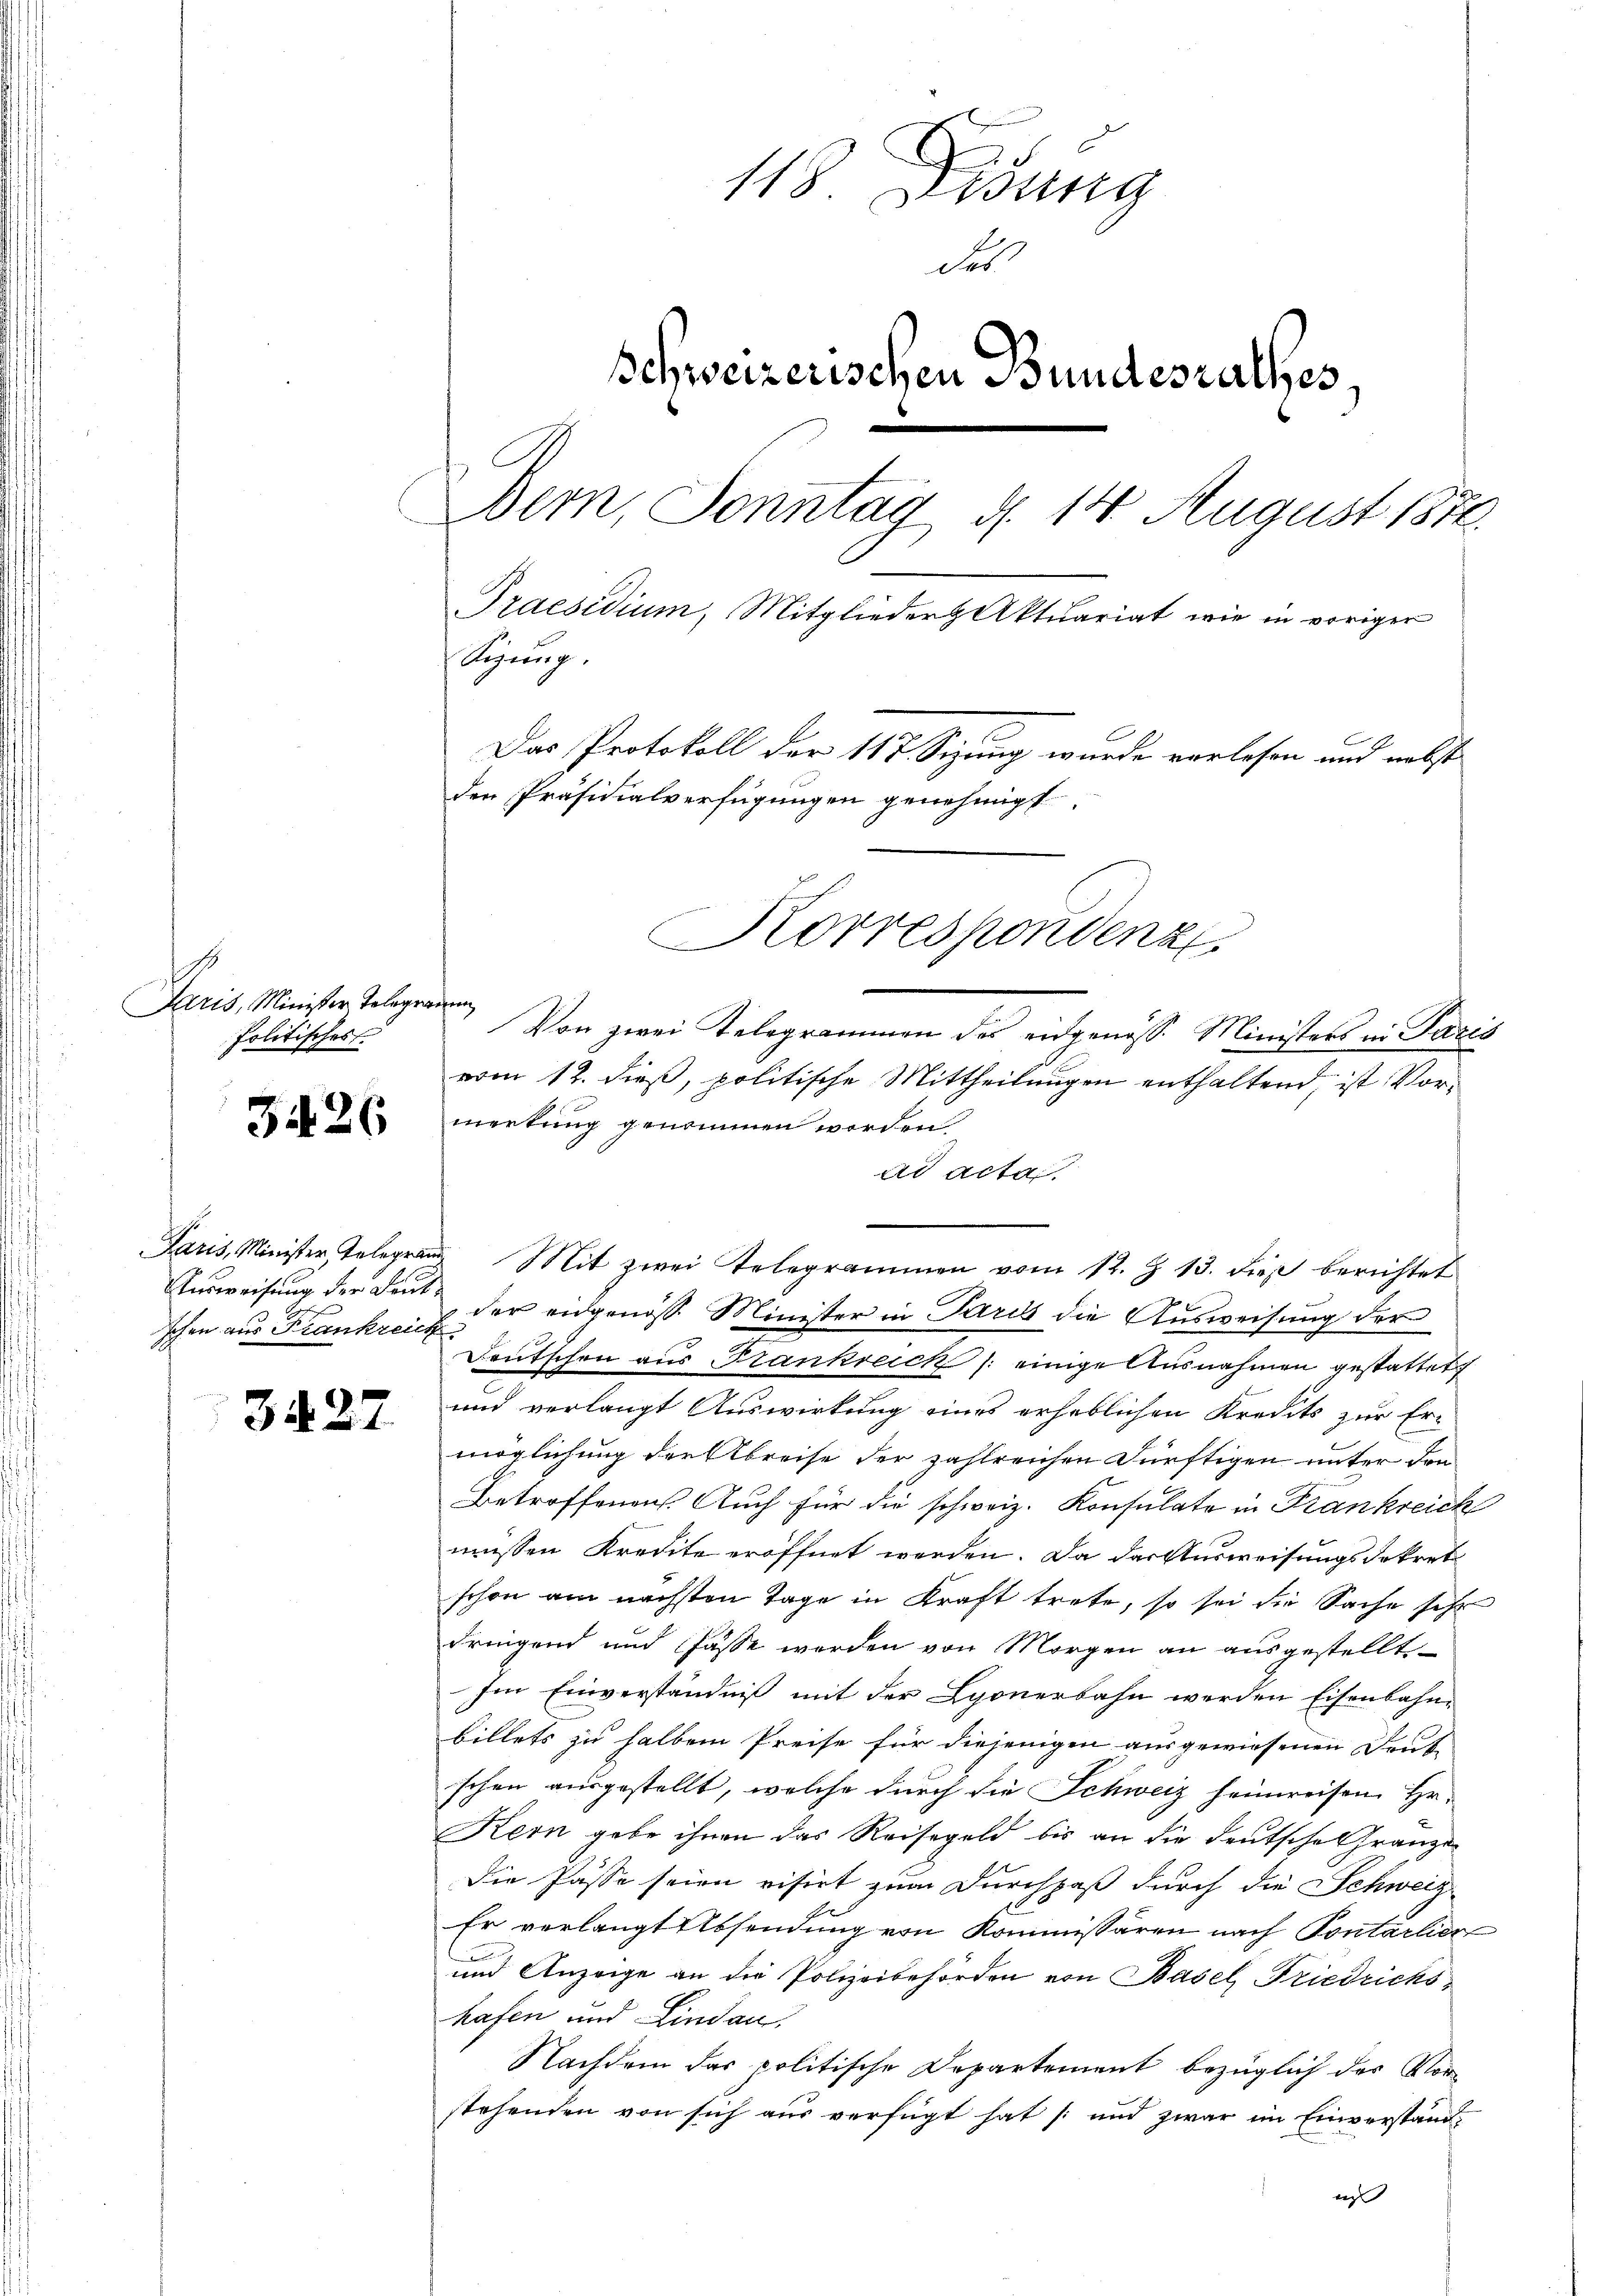
Paris, Minister Telegra
Politisches

3426

schen aus Frankreich

3427

118 Dedung
des
Schweizerischen Bundesrathes,
Bern, Sonntag d. 14 August 1876.
Praesidium, Mitglieder Aktuariat wie in voriger
Sizung.
Das Protokoll der 117. Sitzung wurde verlesen und nebst
den Präsidialverfügungen genehmigt.
Korrespondenz

wefen
Von zwei Telegrammen des eidgenöss. Ministers in Paris
vom 12. dieß, politische Mittheilungen enthaltend, ist Vormerkung genommen worden.
ad acta.
Paris, Minister Telegrau Mit zwei Telegrammen vom 12. Z. 13. dieß berichtet
Ausweisung der Laut der eidgenöss. Minister in Paris die Ausweisung der
Deutschen aus Frankreich /: einige Ausnahmen gestattet
und verlangt Auswirkung eines erheblichen Kredits zur Er-
möglichung der Abreise der zahlreichen Dürftigen unter den
Betroffenen. Auch für die schweiz. Konsulate in Frankreich
wissen Kredite eröffnet werden. Da das Ausweisungsdekret
schon am nächsten Tage in Kraft trete, so sei die Sache sehr
dringend und fasse werden von Morgen an ausgestellte
Im Einverständniß mit der Lyonerbahn werden Eisenbahnbillets zu halben Preise für diejenigen ausgewiesenen Deut
schen ausgestellt, welche durch die Schweiz heimreisen Hr.
Kern gebe ihnen das Reisegeld bis an die Deutsche Gränze
Die Pässe seien visirt zum Durchpaß durch die Schweiz
Er verlangt Absendung von Kommissären nach Pontarlier
und Anzeige an die Polizeibehörden von Basel, Friedrichshafen und Lindau,
Nachdem das politische Departement bezüglich der Vor-
stehenden von sich aus verfügt hat und zwar im Einverstanda